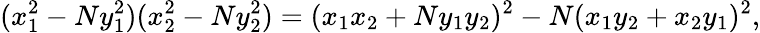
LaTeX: (x_{1}^{2}-Ny_{1}^{2})(x_{2}^{2}-Ny_{2}^{2})=(x_{1}x_{2}+Ny_{1}y_{2})^{2}-N(x_{1}y_{2}+x_{2}y_{1})^{2},